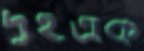
দুইএক